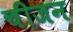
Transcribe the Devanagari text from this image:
चीजन